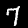
Label: 7